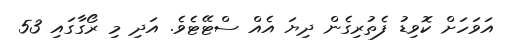
އަވަހަށް ކޮވިޑު ފެތުރިގެން ދިޔަ އެއް ސްޓޭޓެވެ. އަދި މި ރޯގާގައި 53